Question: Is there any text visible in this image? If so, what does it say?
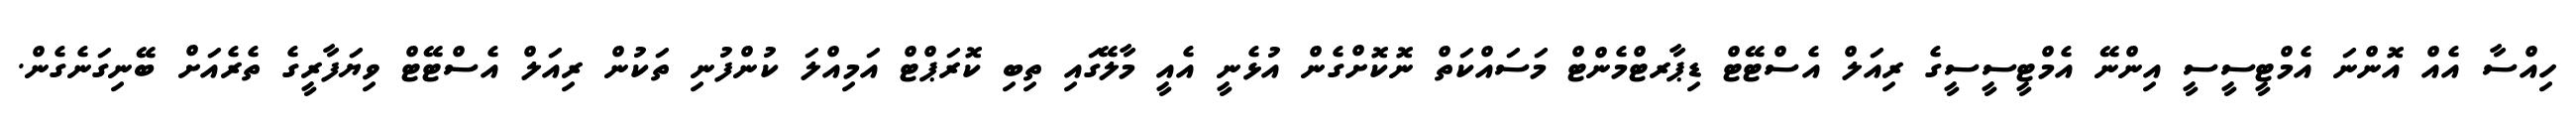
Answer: ހިއްސާ އެއް އޮންނަ އެމްޓީސީސީ އިންނޭ އެމްޓީސީސީގެ ރިއަލް އެސްޓޭޓް ޑިޕާރޓްމެންޓް މަސައްކަތް ނޮކޮށްގެން އުޅެނީ އެއީ މާލޭގައި ތިބި ކޮރަޕްޓް އަމިއްލަ ކުންފުނި ތަކުން ރިއަލް އެސްޓޭޓް ވިޔަފާރީގެ ތެރެއަށް ބޭނިގަނެގެން.